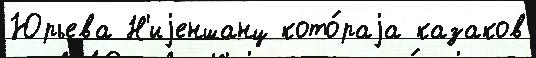
Юрьева Н'иjеншанц кото́раjа казаков